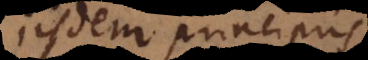
iisdem principiis